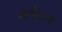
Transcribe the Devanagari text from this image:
सर्वेत्तम